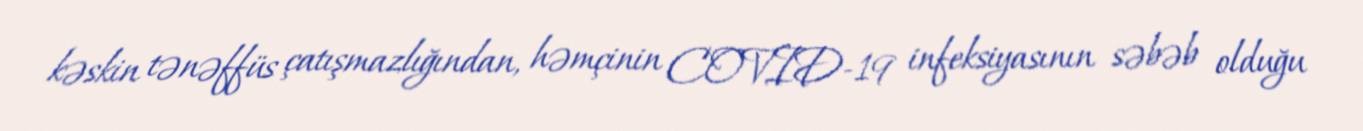
kəskin tənəffüs çatışmazlığından, həmçinin COVID-19 infeksiyasının səbəb olduğu